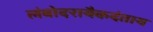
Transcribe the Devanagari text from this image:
लंबोदरायैकदंताय